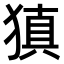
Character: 𤠶